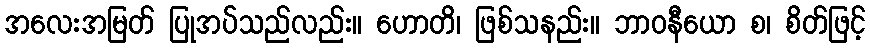
အလေးအမြတ် ပြုအပ်သည်လည်း။ ဟောတိ၊ ဖြစ်သနည်း။ ဘာဝနီယော စ၊ စိတ်ဖြင့်